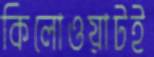
কিলোওয়াটই